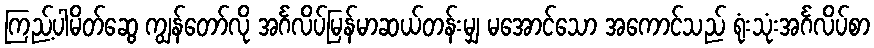
ကြည့်ပါမိတ်ဆွေ ကျွန်တော်လို အင်္ဂလိပ်မြန်မာဆယ်တန်းမျှ မအောင်သော အကောင်သည် ရုံးသုံးအင်္ဂလိပ်စာ